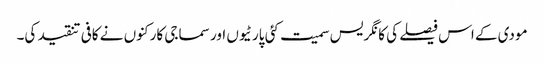
مودی کے اس فیصلے کی کانگریس سمیت کئی پارٹیوں اور سماجی کارکنوں نے کافی تنقید کی۔